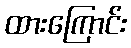
ထားကြောင်း